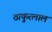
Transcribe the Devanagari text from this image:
ठाकुरलाल